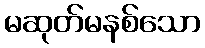
မဆုတ်မနစ်သော